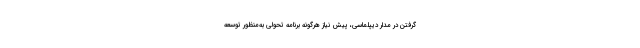
گرفتن در مدار دیپلماسی، پیش نیاز هرگونه برنامه تحولی به‌منظور توسعه